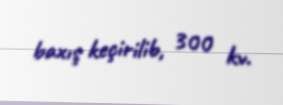
baxış keçirilib, 300 kv.